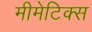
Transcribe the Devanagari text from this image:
मीमेटिक्स